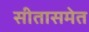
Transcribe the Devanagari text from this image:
सीतासमेत